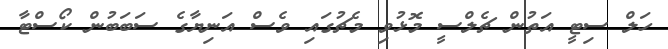
ހަލް ސިޓީ އަތުން ޗެލްސީ މޮޅުވި މެޗުގައި ވެސް އަނިޔާގެ ސަބަބުން ކޯސްޓާ